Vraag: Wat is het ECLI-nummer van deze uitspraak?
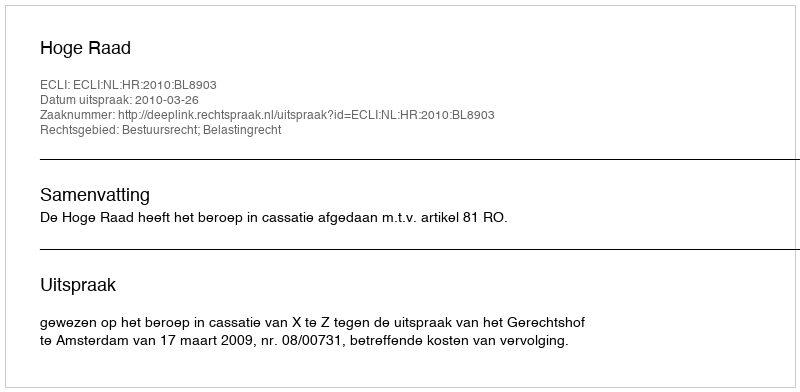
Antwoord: ECLI:NL:HR:2010:BL8903